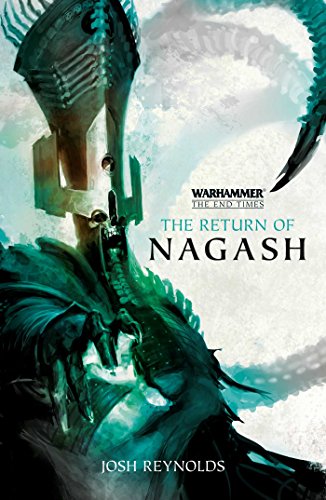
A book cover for The Return of Nagash (The End Times); Josh Reynolds; Science Fiction & Fantasy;